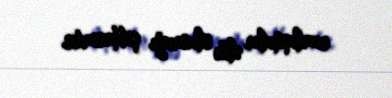
razılaşmalar əldə olunacağı şübhəsizdir.